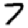
Digit: 7